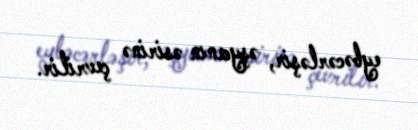
eybəcərləşir, əşyanın əsirinə çevrilir.